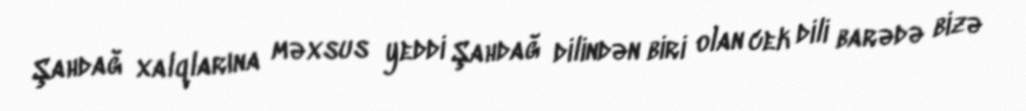
Şahdağ xalqlarına məxsus yeddi Şahdağ dilindən biri olan cek dili barədə bizə